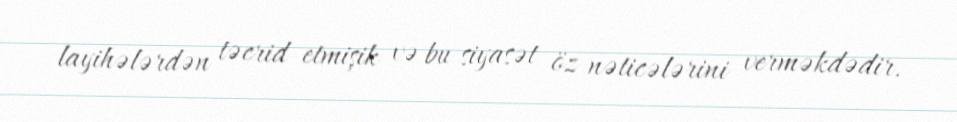
layihələrdən təcrid etmişik və bu siyasət öz nəticələrini verməkdədir.